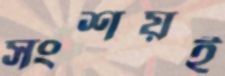
সংশয়ই